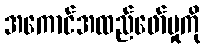
အကောင်အထည်ဖော်မှုကို